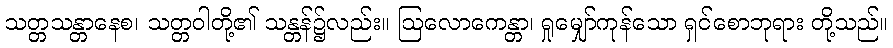
သတ္တသန္တာနေစ၊ သတ္တဝါတို့၏ သန္တန်၌လည်း။ ဩလောကေန္တာ၊ ရှုမျှော်ကုန်သော ရှင်စောဘုရား တို့သည်။